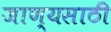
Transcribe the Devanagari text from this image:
जाण्यसाठी